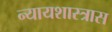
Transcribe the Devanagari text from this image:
न्यायशास्त्रास